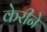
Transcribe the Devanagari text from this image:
केरीने